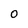
Character: 0